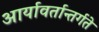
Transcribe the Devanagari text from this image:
आर्यावर्तान्तर्गते